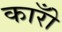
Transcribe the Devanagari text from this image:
कारोँ